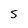
Character: S